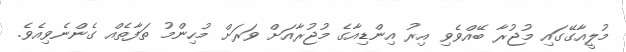
މުލީއާގޭގައި މުޖުރާ ބޭއްވެވި އިރު އިންޑިއާގެ މުޖުރާއަށް ވަރަށް މުހިންމު ތަފާތެއް ގެންނެވިއެވެ.